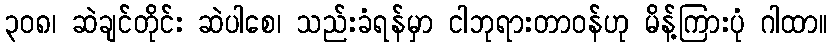
၃၀၈၊ ဆဲချင်တိုင်း ဆဲပါစေ၊ သည်းခံရန်မှာ ငါဘုရားတာဝန်ဟု မိန့်ကြားပုံ ဂါထာ။